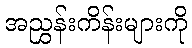
အညွှန်းကိန်းများကို